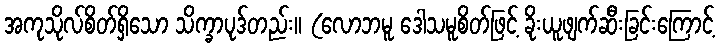
အကုသိုလ်စိတ်ရှိသော သိက္ခာပုဒ်တည်း။ (လောဘမူ ဒေါသမူစိတ်ဖြင့် ခိုးယူဖျက်ဆီးခြင်းကြောင့်